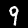
Digit: 9